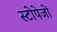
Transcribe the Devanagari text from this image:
स्टोपेजों